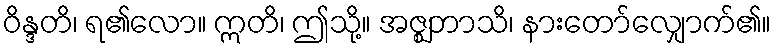
ဝိန္ဒတိ၊ ရ၏လော။ ဣတိ၊ ဤသို့။ အဇ္ဈဘာသိ၊ နားတော်လျှောက်၏။